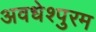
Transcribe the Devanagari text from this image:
अवधेश्पुरम